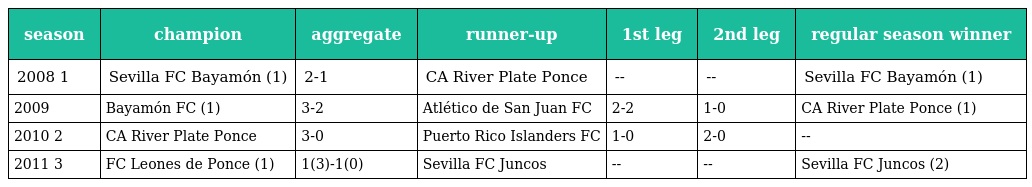
| season | champion | aggregate | runner-up | 1st leg | 2nd leg | regular season winner |
 | --- | --- | --- | --- | --- | --- | --- |
 | 2008 1 | Sevilla FC Bayamón (1) | 2-1 | CA River Plate Ponce | -- | -- | Sevilla FC Bayamón (1) |
 | 2009 | Bayamón FC (1) | 3-2 | Atlético de San Juan FC | 2-2 | 1-0 | CA River Plate Ponce (1) |
 | 2010 2 | CA River Plate Ponce | 3-0 | Puerto Rico Islanders FC | 1-0 | 2-0 | -- |
 | 2011 3 | FC Leones de Ponce (1) | 1(3)-1(0) | Sevilla FC Juncos | -- | -- | Sevilla FC Juncos (2) |